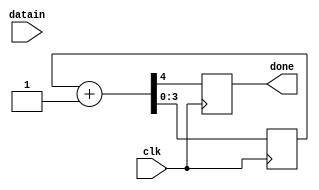

/******************** DECODER MODULE *****************

* Reads encoded data from the encoder and checks 
* for any errors
* serial data is received in sync with a clock (clk)...

******************************************************/

module decoder(
	input datain,clk,
	output reg done);

reg mem[15:0];
reg[3:0] addr, check;
reg parity;
wire w1,w2,w3,w4,w5;

// initialize variables to known state
initial
begin
	addr <= 4'h0;
	parity <= 0;
	check <= 4'h0;
end

// read and store transmited data in memory(mem)
always@ (posedge clk)
begin
	mem[addr] = datain;
	{done,addr} = addr + 1;
end

// calculate special parity bits to compare at the end
assign w1 = datain ^ parity;
assign w2 = (datain & addr[0]) ^ check[0];
assign w3 = (datain & addr[1]) ^ check[1];
	assign w4 = (datain & addr[2]) ^ check[2];
	assign w5 = (datain & addr[3]) ^ check[3];

	// store calculated parity bits...
	always@ (posedge clk)
	begin
		parity <= w1;
		check[0] <= w2;
		check[1] <= w3;
		check[2] <= w4;
		check[3] <= w5;
	end
	
	endmodule